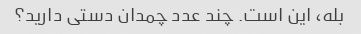
بله، این است. چند عدد چمدان دستی دارید؟